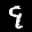
Label: 9